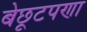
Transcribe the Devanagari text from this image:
बेछूटपणा